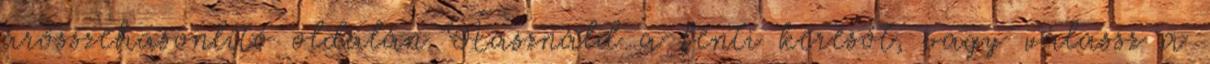
árösszehasonlító oldalán Használd a fenti keresőt, vagy válassz a